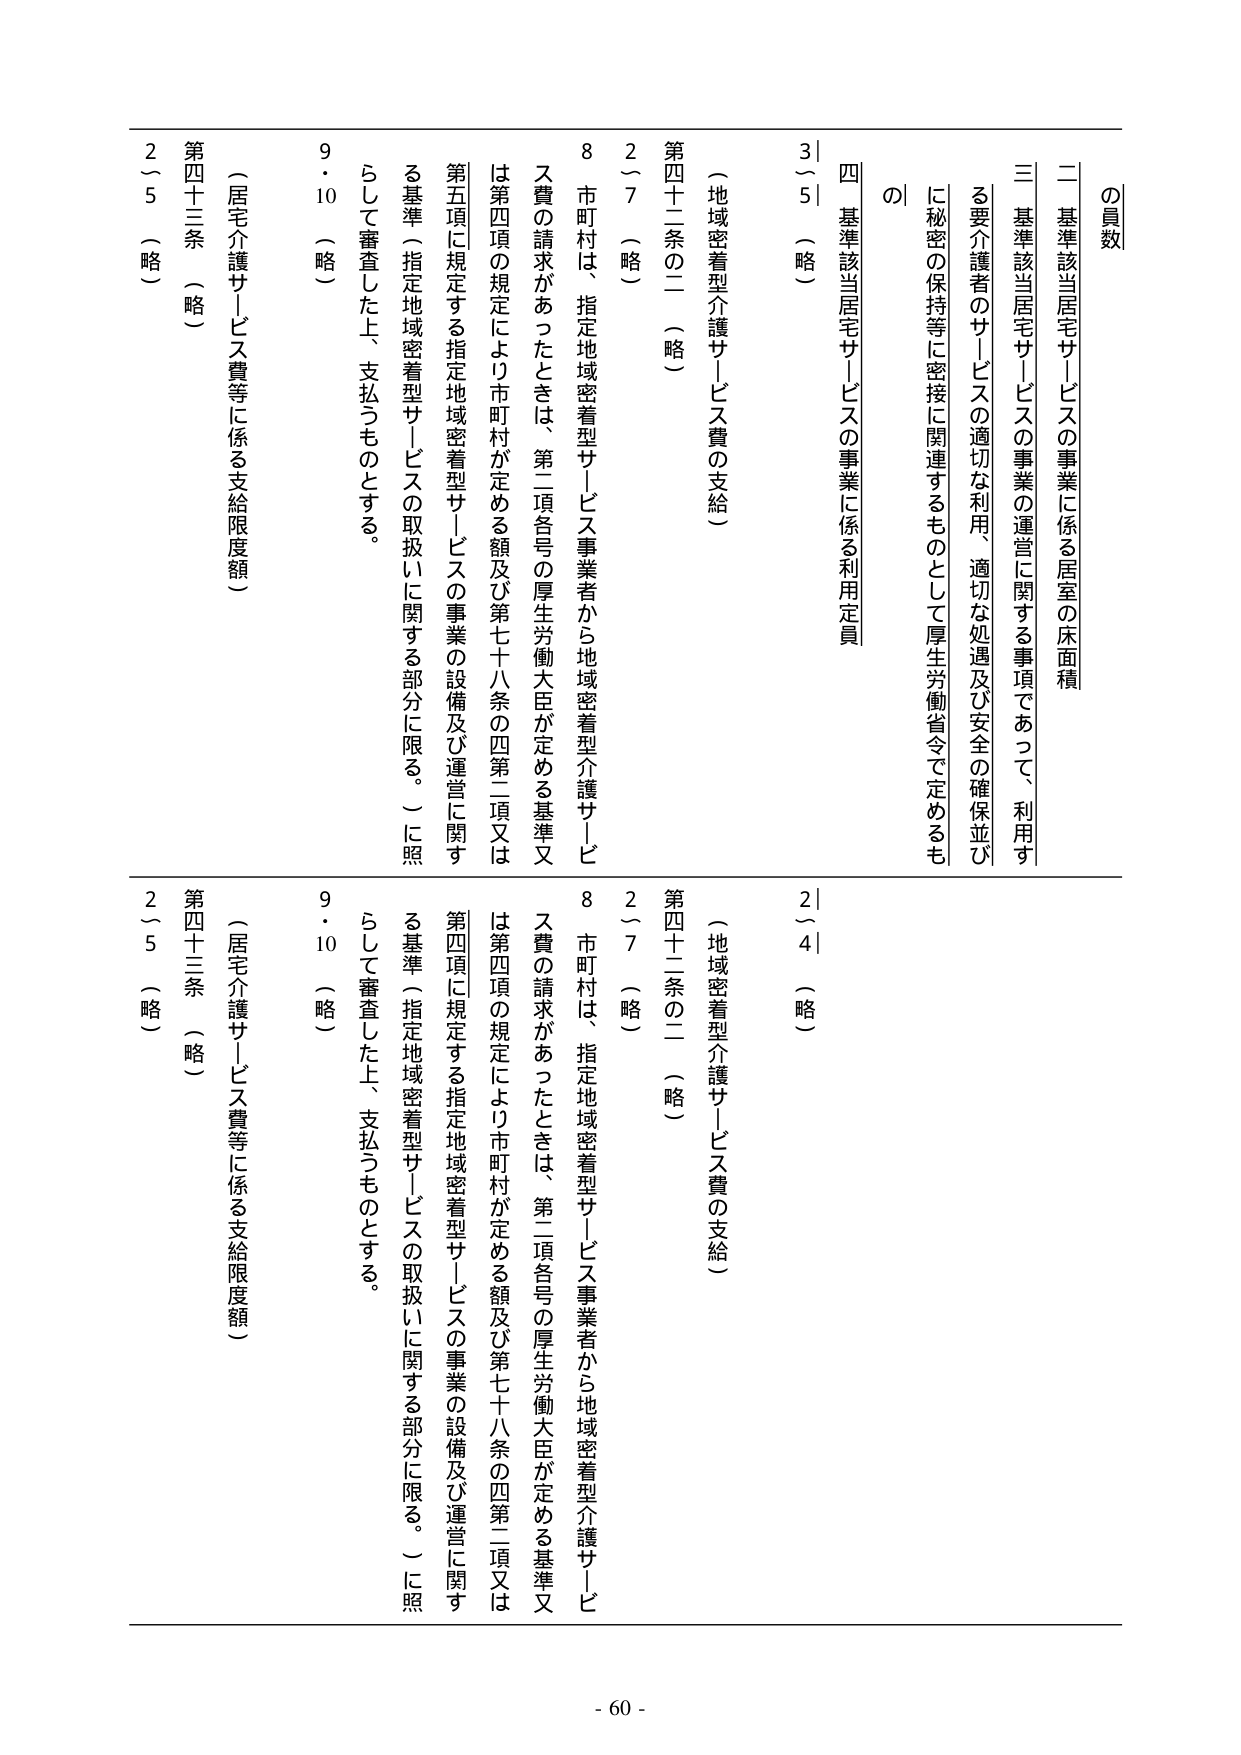
の員数
二 基準該当居宅サービスの事業に係る居室の床面積
三 基準該当居宅サービスの事業の運営に関する事項であって、利用する要介護者のサービスの適切な利用、適切な処遇及び安全の確保並びに秘密の保持等に密接に関連するものとして厚生労働省令で定めるもの
四 基準該当居宅サービスの事業に係る利用定員
3｜5 （略）
（地域密着型介護サービス費の支給）
第四十二条の二 （略）
2～7 （略）
8 市町村は、指定地域密着型サービス事業者から地域密着型介護サービス費の請求があったときは、第二項各号の厚生労働大臣が定める基準又は第四項の規定により市町村が定める額及び第七十八条の四第二項又は第五項に規定する指定地域密着型サービスの事業の設備及び運営に関する基準（指定地域密着型サービスの取扱いに関する部分に限る。）に照らして審査した上、支払うものとする。
9・10 （略）
（居宅介護サービス費等に係る支給限度額）
第四十三条 （略）
2～5 （略）

2｜4 （略）
（地域密着型介護サービス費の支給）
第四十二条の二 （略）
2～7 （略）
8 市町村は、指定地域密着型サービス事業者から地域密着型介護サービス費の請求があったときは、第二項各号の厚生労働大臣が定める基準又は第四項の規定により市町村が定める額及び第七十八条の四第二項又は第五項に規定する指定地域密着型サービスの事業の設備及び運営に関する基準（指定地域密着型サービスの取扱いに関する部分に限る。）に照らして審査した上、支払うものとする。
9・10 （略）
（居宅介護サービス費等に係る支給限度額）
第四十三条 （略）
2～5 （略）

- 60 -